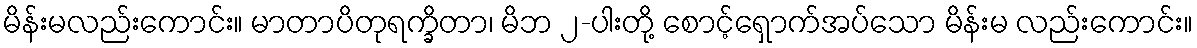
မိန်းမလည်းကောင်း။ မာတာပိတုရက္ခိတာ၊ မိဘ ၂-ပါးတို့ စောင့်ရှောက်အပ်သော မိန်းမ လည်းကောင်း။